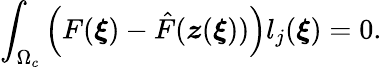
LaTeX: \int_{\Omega_{c}}\left(F(\boldsymbol{\xi})-\hat{F}(\boldsymbol{z}(\boldsymbol{\xi}))\right)l_{j}(\boldsymbol{\xi})=0.